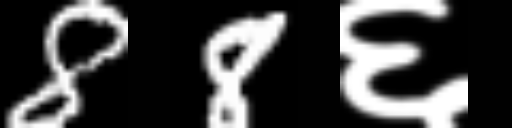
Text: 88६